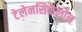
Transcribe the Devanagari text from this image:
टेलेनसिफेलोन